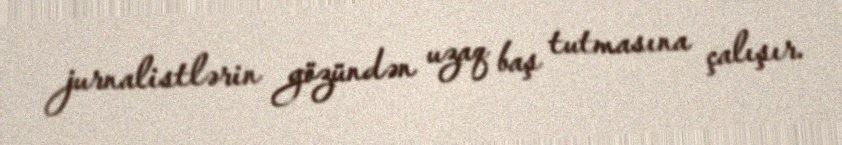
jurnalistlərin gözündən uzaq baş tutmasına çalışır.